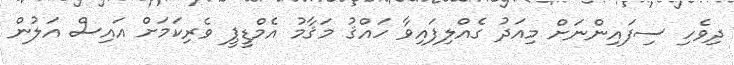
ދިވެހި ސިފައިންނަށް މިއަދު ގެއްލިފައިވާ ހައްޤު މަޤާމު އެމްޑީޕީ ވެރިކަމަށް އައިސް އަލުން